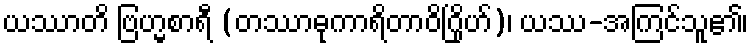
ယဿာတိ ဗြဟ္မစာရီ (တဿာဓုကာရိတာဝိဂြိုဟ်)၊ ယဿ-အကြင်သူ၏၊